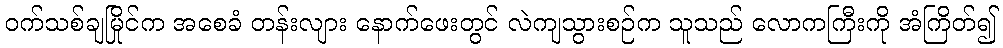
ဝက်သစ်ချမြိုင်က အစေခံ တန်းလျား နောက်ဖေးတွင် လဲကျသွားစဉ်က သူသည် လောကကြီးကို အံကြိတ်၍